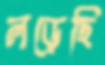
লড়েছি